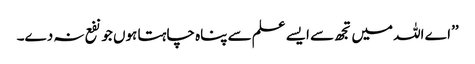
’’اے اللہ میں تجھ سے ایسے علم سے پناہ چاہتا ہوں جو نفع نہ دے۔